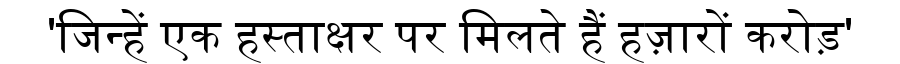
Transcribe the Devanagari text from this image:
'जिन्हें एक हस्ताक्षर पर मिलते हैं हज़ारों करोड़'